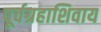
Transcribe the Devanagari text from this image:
पूर्वग्रहाशिवाय